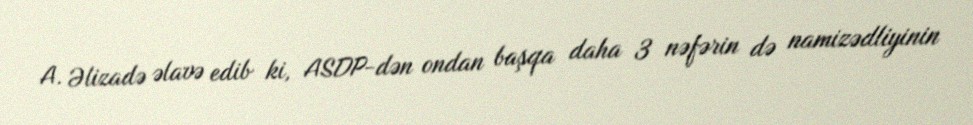
A. Əlizadə əlavə edib ki, ASDP-dən ondan başqa daha 3 nəfərin də namizədliyinin